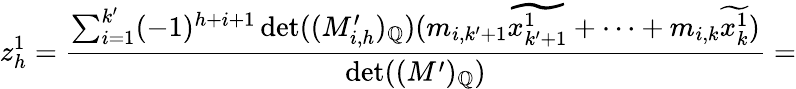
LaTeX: z_{h}^{1}=\frac{\sum_{i=1}^{k^{\prime}}(-1)^{h+i+1}\operatorname*{det}((M_{i,h}^{\prime})_{\mathbb{Q}})(m_{i,k^{\prime}+1}\widetilde{x_{k^{\prime}+1}^{1}}+\dots+m_{i,k}\widetilde{x_{k}^{1}})}{\operatorname*{det}((M^{\prime})_{\mathbb{Q}})}=